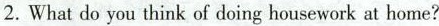
2.What do you think of doing housework at home?